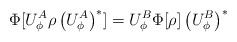
LaTeX: \begin{align*}\Phi [ U_{\phi }^{A}\rho \left( U_{\phi }^{A}\right) ^{\ast }]=U_{\phi}^{B}\Phi [ \rho ]\left( U_{\phi }^{B}\right) ^{\ast } \end{align*}